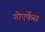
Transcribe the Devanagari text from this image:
गोएर्केस